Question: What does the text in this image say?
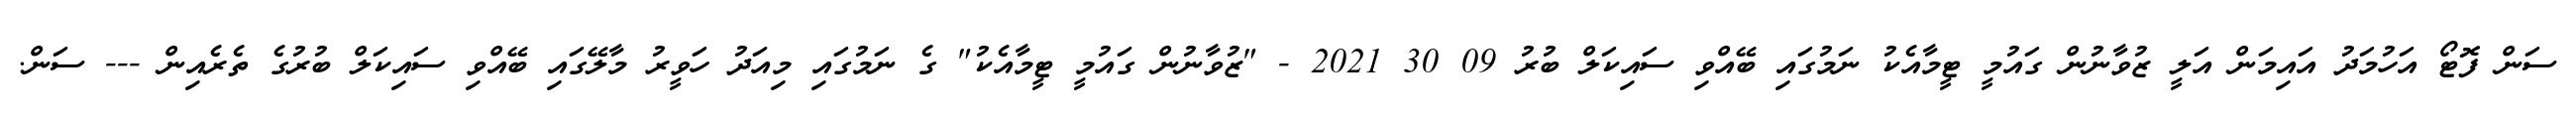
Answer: ސަން ފޮޓޯ އަހުމަދު އައިމަން އަލީ ޒުވާނުން ގައުމީ ޓީމާއެކު ނަމުގައި ބޭއްވި ސައިކަލް ބުރު 09 30 2021 - "ޒުވާނުން ގައުމީ ޓީމާއެކު" ގެ ނަމުގައި މިއަދު ހަވީރު މާލޭގައި ބޭއްވި ސައިކަލް ބުރުގެ ތެރެއިން --- ސަން.